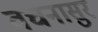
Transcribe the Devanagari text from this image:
वचनासुर